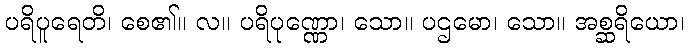
ပရိပူရေတိ၊ စေ၏။ လ။ ပရိပုဏ္ဏော၊ သော။ ပဌမော၊ သော။ အစ္ဆရိယော၊